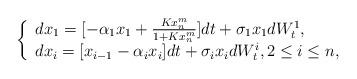
LaTeX: \begin{align*}\left\{\begin{array}{l}dx_1=[-\alpha_1x_1+\frac{Kx_n^m}{1+Kx_n^m}]dt+\sigma_1x_1dW_t^1,\\dx_i=[x_{i-1}-\alpha_ix_i]dt+\sigma_ix_idW_t^i,2\leq i\leq n,\end{array}\right.\end{align*}